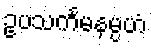
ဥပသင်္ကမနမ္ပဟံ